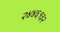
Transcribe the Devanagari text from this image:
२४४६१३२